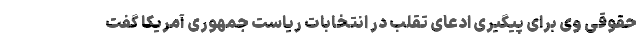
حقوقی وی برای پیگیری ادعای تقلب در انتخابات ریاست جمهوری آمریکا گفت